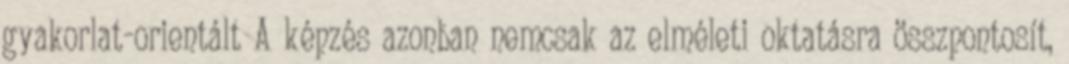
gyakorlat-orientált A képzés azonban nemcsak az elméleti oktatásra összpontosít,